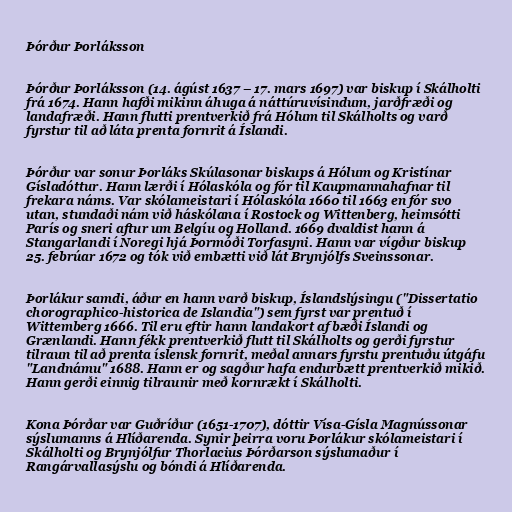
Þórður Þorláksson

Þórður Þorláksson (14. ágúst 1637 – 17. mars 1697) var biskup í Skálholti
frá 1674. Hann hafði mikinn áhuga á náttúruvísindum, jarðfræði og
landafræði. Hann flutti prentverkið frá Hólum til Skálholts og varð
fyrstur til að láta prenta fornrit á Íslandi.

Þórður var sonur Þorláks Skúlasonar biskups á Hólum og Kristínar
Gísladóttur. Hann lærði í Hólaskóla og fór til Kaupmannahafnar til
frekara náms. Var skólameistari í Hólaskóla 1660 til 1663 en fór svo
utan, stundaði nám við háskólana í Rostock og Wittenberg, heimsótti
París og sneri aftur um Belgíu og Holland. 1669 dvaldist hann á
Stangarlandi í Noregi hjá Þormóði Torfasyni. Hann var vígður biskup
25. febrúar 1672 og tók við embætti við lát Brynjólfs Sveinssonar.

Þorlákur samdi, áður en hann varð biskup, Íslandslýsingu ("Dissertatio
chorographico-historica de Islandia") sem fyrst var prentuð í
Wittemberg 1666. Til eru eftir hann landakort af bæði Íslandi og
Grænlandi. Hann fékk prentverkið flutt til Skálholts og gerði fyrstur
tilraun til að prenta íslensk fornrit, meðal annars fyrstu prentuðu útgáfu
"Landnámu" 1688. Hann er og sagður hafa endurbætt prentverkið mikið.
Hann gerði einnig tilraunir með kornrækt í Skálholti.

Kona Þórðar var Guðríður (1651-1707), dóttir Vísa-Gísla Magnússonar
sýslumanns á Hlíðarenda. Synir þeirra voru Þorlákur skólameistari í
Skálholti og Brynjólfur Thorlacius Þórðarson sýslumaður í
Rangárvallasýslu og bóndi á Hlíðarenda.